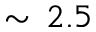
\sim \, 2 . 5